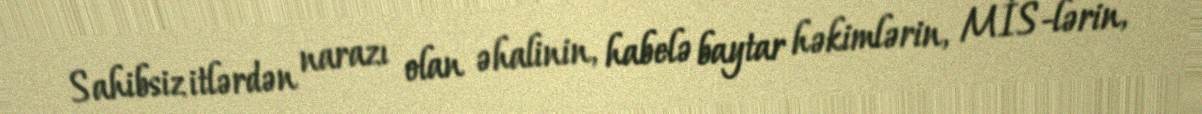
Sahibsiz itlərdən narazı olan əhalinin, habelə baytar həkimlərin, MİS-lərin,